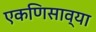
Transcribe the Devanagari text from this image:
एकणिसाव्या